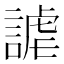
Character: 謔